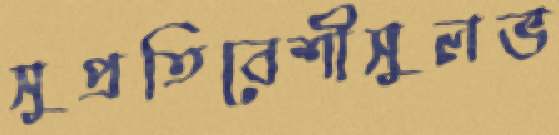
সুপ্রতিবেশীসুলভ